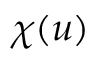
\chi ( u )